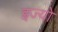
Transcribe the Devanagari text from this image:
इज्यो